Annual report on the working of the lock hospitals in the North-Western Provinces and Oudh
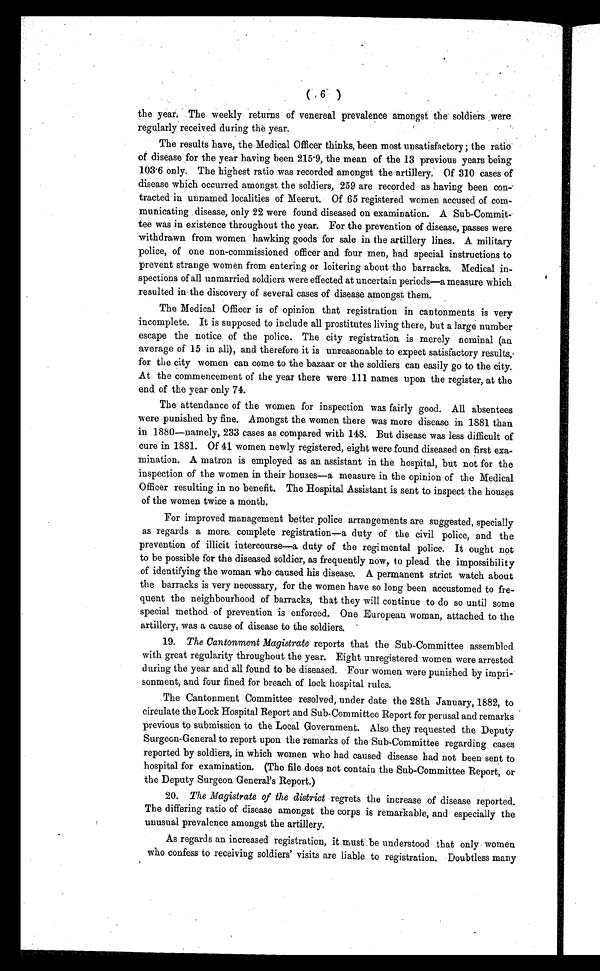
the year. The weekly returns of venereal prevalence amongst the soldiers were
regularly received during the year.
The results have, the Medical Officer thinks, been most unsatisfactory ; the ratio
of disease for the year having been 215.9, the mean of the 13 previous years being
103.6 only. The highest ratio was recorded amongst the artillery. Of 310 cases of
disease which occurred amongst the soldiers, 259 are recorded as having been con-
tracted in unnamed localities of Meerut. Of 65 registered women accused of com-
municating disease, only 22 were found diseased on examination. A Sub-Commit-
tee was in existence throughout the year. For the prevention of disease, passes were
withdrawn from women hawking goods for sale in the artillery lines. A military
police, of one non-commissioned officer and four men, had special instructions to
prevent strange women from entering or loitering about the barracks. Medical in-
spections of all unmarried soldiers were effected at uncertain periods—a measure which
resulted in the discovery of several cases of disease amongst them.
The Medical Officer is of opinion that registration in cantonments is very
incomplete. It is supposed to include all prostitutes living there, but a large number
escape the notice of the police. The city registration is merely nominal (an
average of 15 in all), and therefore it is unreasonable to expect satisfactory results,
for the city women can come to the bazaar or the soldiers can easily go to the city.
At the commencement of the year there were 111 names upon the register, at the
end of the year only 74.
The attendance of the women for inspection was fairly good. All absentees
were punished by fine. Amongst the women there was more disease in 1881 than
in 1880—namely, 233 cases as compared with 148. But disease was less difficult of
cure in 1881. Of 41 women newly registered, eight were found diseased on first exa-
mination. A matron is employed as an assistant in the hospital, but not for the
inspection of the women in their houses—a measure in the opinion of the Medical
Officer resulting in no benefit. The Hospital Assistant is sent to inspect the houses
of the women twice a month.
For improved management better police arrangements are suggested, specially
as regards a more complete registration—a duty of the civil police, and the
prevention of illicit intercourse—a duty of the regimental police. It ought not
to be possible for the diseased soldier, as frequently now, to plead the impossibility
of identifying the woman who caused his disease. A permanent strict watch about
the barracks is very necessary, for the women have so long been accustomed to fre-
quent the neighbourhood of barracks, that they will continue to do so until some
special method of prevention is enforced. One European woman, attached to the
artillery, was a cause of disease to the soldiers.
19. The Cantonment Magistrate reports that the Sub-Committee assembled
with great regularity throughout the year. Eight unregistered women were arrested
during the year and all found to be diseased. Four women were punished by impri-
sonment, and four fined for breach of lock hospital rules.
The Cantonment Committee resolved, under date the 28th January, 1882, to
circulate the Lock Hospital Report and Sub-Committee Report for perusal and remarks
previous to submission to the Local Government. Also they requested the Deputy
Surgeon-General to report upon the remarks of the Sub-Committee regarding cases
reported by soldiers, in which women who had caused disease had not been sent to
hospital for examination. (The file does not contain the Sub-Committee Report, or
the Deputy Surgeon General's Report.)
20. The Magistrate of the district regrets the increase of disease reported.
The differing ratio of disease amongst the corps is remarkable, and especially the
unusual prevalence amongst the artillery.
As regards an increased registration, it must be understood that only women
who confess to receiving soldiers' visits are liable to registration. Doubtless many